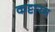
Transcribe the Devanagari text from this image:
कट्टारम